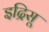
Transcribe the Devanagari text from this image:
इद्रिसू